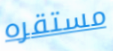
مستقره